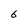
Character: 6